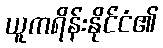
ယူကရိန်းနိုင်ငံ၏